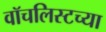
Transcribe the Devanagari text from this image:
वॉचलिस्टच्या